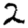
Digit: 2